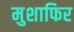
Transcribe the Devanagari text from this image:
मुशाफिर